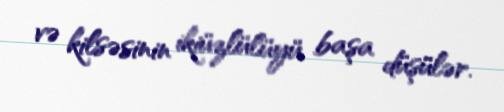
və kilsəsinin ikiüzlülüyü başa düşülər.